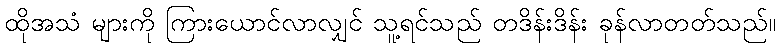
ထိုအသံ များကို ကြားယောင်လာလျှင် သူ့ရင်သည် တဒိန်းဒိန်း ခုန်လာတတ်သည်။